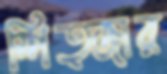
স্পিত্জার